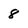
Character: 8